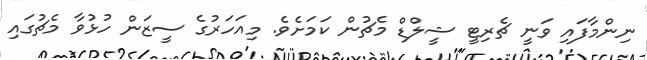
ނިންމާފައި ވަނީ ޗެރިޓީ ޝީލްޑް މެޗުން ކަމަށެވެ. މިއަހަރުގެ ސީޒަން ހުޅުވާ މެޗުގައި